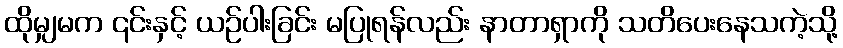
ထိုမျှမက ၎င်းနှင့် ယဉ်ပါးခြင်း မပြုရန်လည်း နာတာရှာကို သတိပေးနေသကဲ့သို့